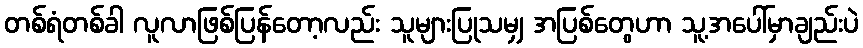
တစ်ရံတစ်ခါ လူလာဖြစ်ပြန်တော့လည်း သူများပြုသမျှ အပြစ်တွေဟာ သူ့အပေါ်မှာချည်းပဲ